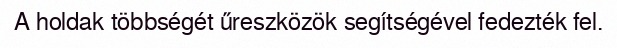
A holdak többségét űreszközök segítségével fedezték fel.